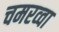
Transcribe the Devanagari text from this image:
चमरव्‍वा